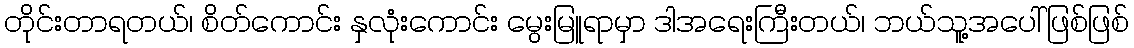
တိုင်းတာရတယ်၊ စိတ်ကောင်း နှလုံးကောင်း မွေးမြူရာမှာ ဒါအရေးကြီးတယ်၊ ဘယ်သူ့အပေါ်ဖြစ်ဖြစ်